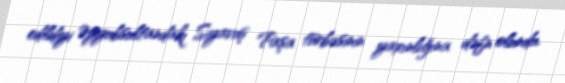
edildiyi Əyyubsultandakı Siyavuş Paşa türbəsinin yaxınlığına dəfn olundu.